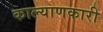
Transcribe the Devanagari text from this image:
काल्याणकारी